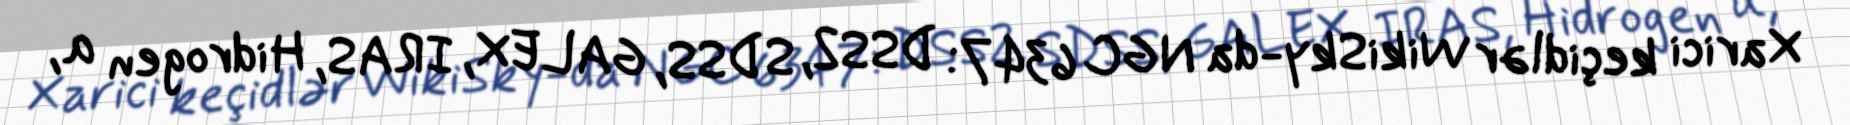
Xarici keçidlər WikiSky-da NGC 6347: DSS2, SDSS, GALEX, IRAS, Hidrogen α,